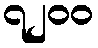
၇၂၀၀